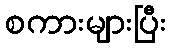
စကားများပြီး